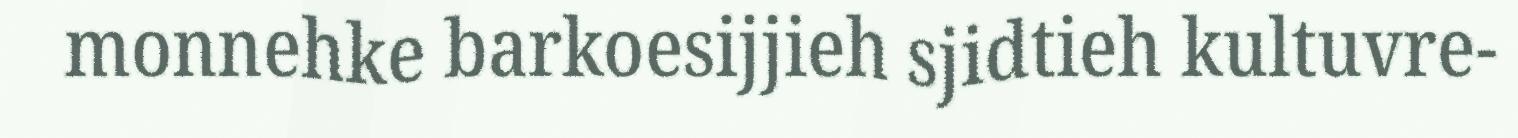
monnehke barkoesijjieh sjidtieh kultuvre-